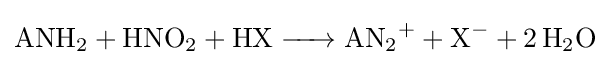
{\ce {ANH2 + HNO2 + HX -> AN2+ + X- + 2 H2O}}